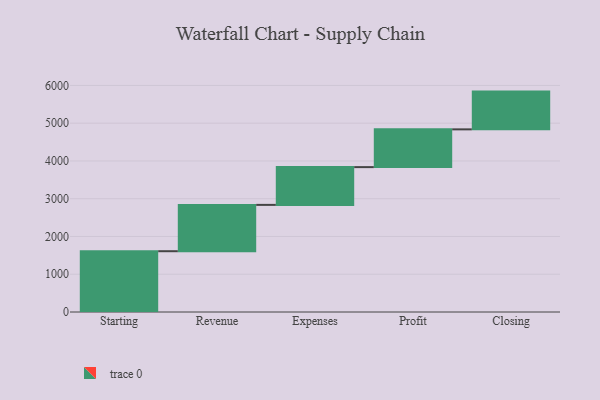
{"axis": {"x": "Step", "y": "Value"}, "legend": [""], "data": [{"x": "Starting", "y": 1610.0, "type": ""}, {"x": "Revenue", "y": 1227.0, "type": ""}, {"x": "Expenses", "y": 1000, "type": ""}, {"x": "Profit", "y": 1000, "type": ""}, {"x": "Closing", "y": 1000, "type": ""}]}